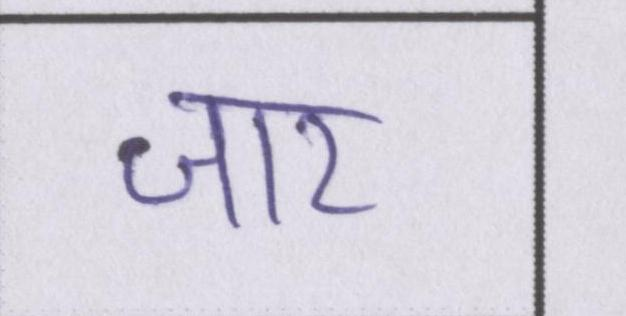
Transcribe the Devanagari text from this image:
जार